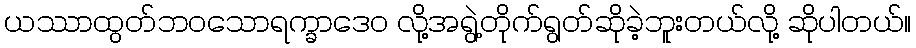
ယဿာထွတ်ဘဝသောရက္ခာဒေဝ လို့အရွဲ့တိုက်ရွတ်ဆိုခဲ့ဘူးတယ်လို့ ဆိုပါတယ်။